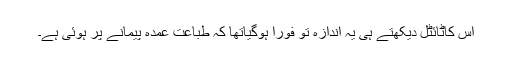
اس کاٹائٹل دیکھتے ہی یہ اندازہ تو فوراً ہوگیاتھا کہ طباعت عمدہ پیمانے پر ہوئی ہے۔